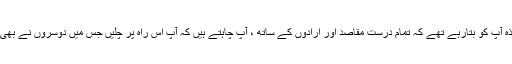
آپ کے والدین اور اساتذہ آپ کو بتارہے تھے کہ تمام درست مقاصد اور ارادوں کے ساتھ ، آپ چاہتے ہیں کہ آپ اس راہ پر چلیں جس میں دوسروں نے بھی کامیابی حاصل کی ہو۔